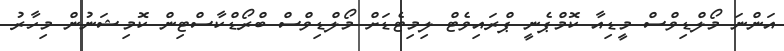
އަންނަ މޯލްޑިވްސް މީޑިއާ ކޮމްޕެނީ ޕްރައިވެޓް ލިމިޓެޑަށް މޯލްޑިވްސް ބްރޯޑްކާސްޓިން ކޮމިޝަނުން މިހާރު